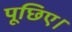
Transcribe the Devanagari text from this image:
पूछिए।